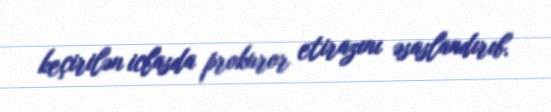
keçirilən iclasda prokuror etirazını əsaslandırıb.